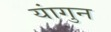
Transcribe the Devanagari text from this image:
यांगुन